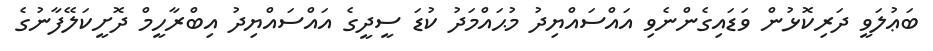
ބަޢުލަވީ ދަރިކޮޅުން ވަޑައިގެންނެވި އައްސައްޔިދު މުޙައްމަދު ކުޑަ ސީދީގެ އައްސައްޔިދު އިބްރާހީމް ދޮށީކަލޭފާނުގެ